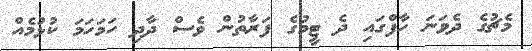
މެޗުގެ ދެވަނަ ހާފްގައި ދެ ޓީމުގެ ފަރާތުން ވެސް ދާދި ހަމަހަމަ ކުޅުމެއް